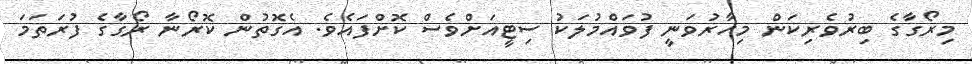
މިރޯގާގެ ބިރުވެރިކަން މިހާރުވަނީ ފުވައްމުލަކު ސިޓީއަށްވެސް ކޮށްފައެވެ. އެގޮތުން ކޮރޯނާ ރޯގާގެ ފުރަތަމަ